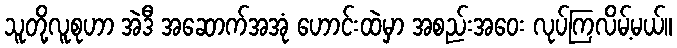
သူတို့လူစုဟာ အဲဒီ အဆောက်အအုံ ဟောင်းထဲမှာ အစည်းအဝေး လုပ်ကြလိမ့်မယ်။